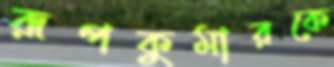
রূপকুমারকে